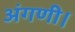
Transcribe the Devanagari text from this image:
अंगणी।